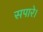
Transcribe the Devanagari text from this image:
सपारे।